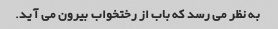
به نظر می رسد که باب از رختخواب بیرون می آید.